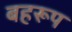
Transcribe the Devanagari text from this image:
बहरूप